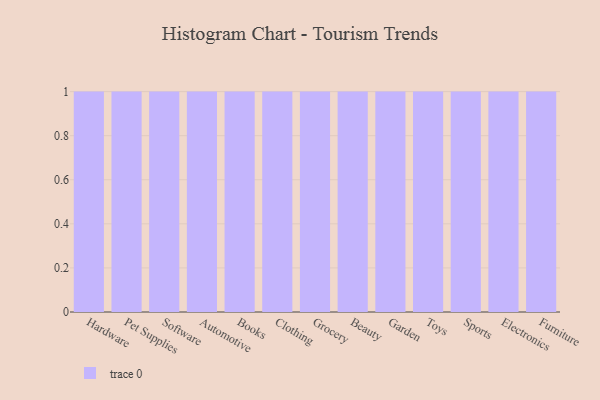
{"axis": {"x": "Category", "y": "Latency (ms)"}, "legend": [""], "data": [{"x": "Hardware", "y": 98, "type": ""}, {"x": "Pet Supplies", "y": 72, "type": ""}, {"x": "Software", "y": 39, "type": ""}, {"x": "Automotive", "y": 53, "type": ""}, {"x": "Books", "y": 80, "type": ""}, {"x": "Clothing", "y": 9, "type": ""}, {"x": "Grocery", "y": 51, "type": ""}, {"x": "Beauty", "y": 6, "type": ""}, {"x": "Garden", "y": 56, "type": ""}, {"x": "Toys", "y": 44, "type": ""}, {"x": "Sports", "y": 75, "type": ""}, {"x": "Electronics", "y": 42, "type": ""}, {"x": "Furniture", "y": 53, "type": ""}]}